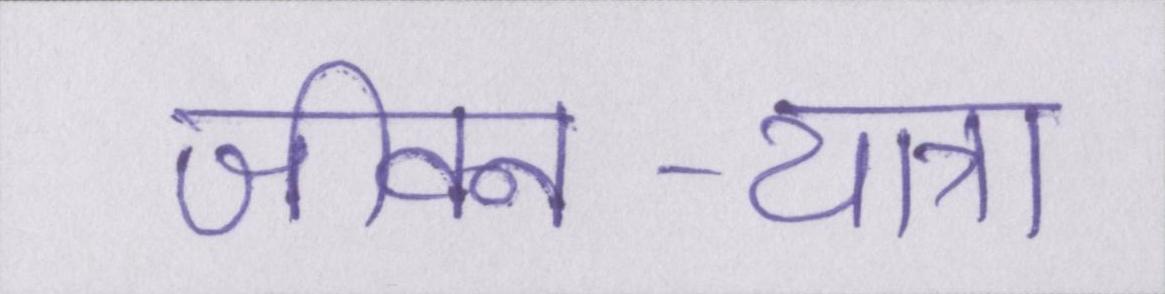
जीवन-यात्रा